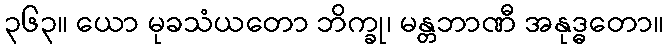
၃၆၃။ ယော မုခသံယတော ဘိက္ခု၊ မန္တဘာဏီ အနုဒ္ဓတော။